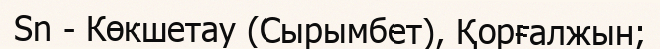
Sn - Көкшетау (Сырымбет), Қорғалжын;